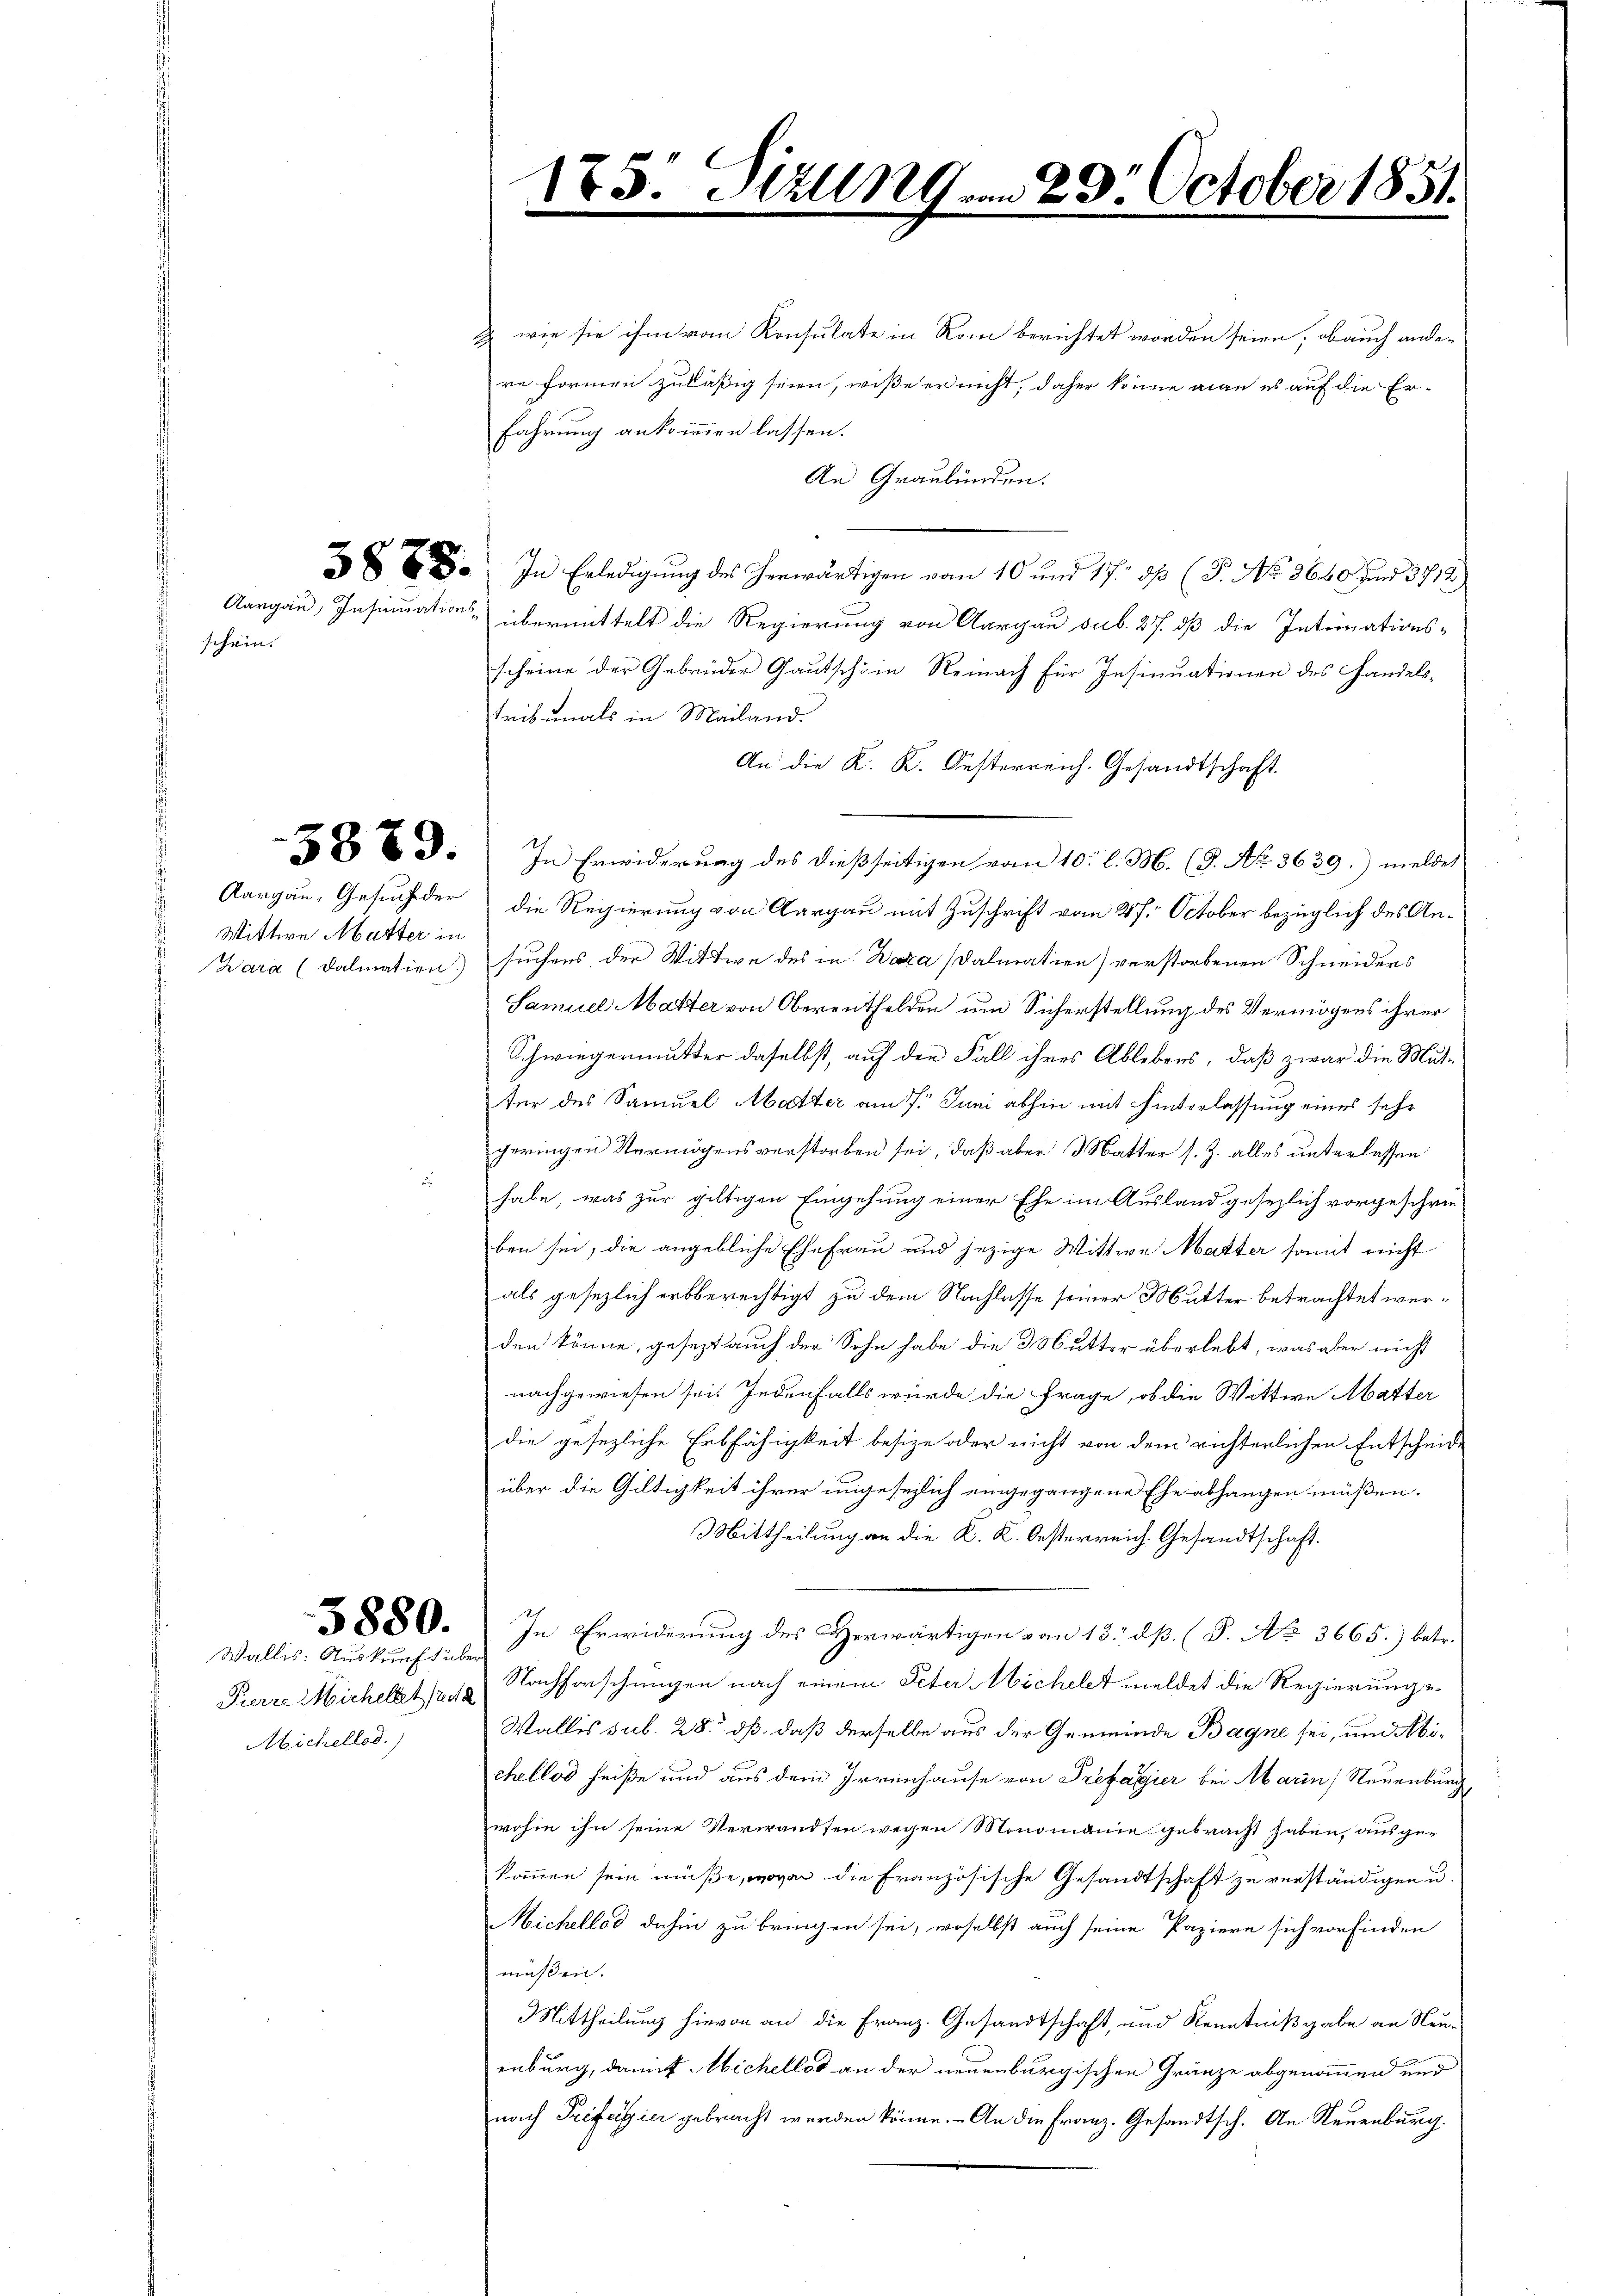
schein.

Wittwe Matter in

5880.

Wallis: Auskunft über
Michellod.)

& wie sie ihm vom Konsulate in Rom berichtet worden seien, ob auch ander
re Formen zuläßig seien, wiße er nicht, daher könne man es auf die Er-
fahrung ankommen lassen.
An Graubünden.
a. In Erledigung des herwärtigen vom 10 und 17. dß (P. No 3640 und 3712
Aargau, Insinuations übermittelt die Regierung von Aargau sub. 27. dß die Intimations-
scheine der Gebrüder Gautschi in Reinach für Insinuationen des Handelstribunals in Mailand.
An die K. K. Oesterreich. Gesandtschaft.
 x 3. In Erwiderung des dießseitigen vom 10. l. M. (§. No. 3639.) melde,
Aargau, Gesuch der die Regierung von Aargau mit Zuschrift vom 27. October bezüglich des An¬
Wara (Dalmation suchens der Wittwe des in Bara Dalmation) verstorbenen Schneiders
Samuel Matter von Oberenthelden um Sicherstellung des Vermögens ihrer
Schwiegermutter daselbst, auf den Fall ihres Ablebens, daß zwar die Mut-
ter des Samuel Mutter am 7. Juni abhin mit Hinterlassung eines sehr
geringen Vermögens verstorben sei, daß aber Mutter s. Z. alles unterlassen
habe, was zur giltigen Eingehung einer Ehe im Ausland gesezlich vorgeschrieben sei, die angebliche Ehefrau und jezige Wittwe Matter somit nicht
als gesezlich erbberechtigt zu dem Nachlasse seiner Mutter betrachtet werden könne, gesezt auch der Sohn habe die Mutter überlebt, was aber nicht
nachgewiesen sei. Jedenfalls würde die Frage, ob die Wittwe Matter
die gesezliche Erbfähigkeit besize oder nicht von dem richterlichen Entscheide
über die Gültigkeit ihrer ungesezlich eingegangene Ehe abhangen müßen.
Mittheilung an die K. K. Oesterreich. Gesandtschaft.
In Erwiderung des Herwärtigen von 13. dß. (S. No. 3665.) betr.
Pierre Michellet 12 Nachforschungen nach einem Peter Michelet meldet die Regierungs¬
Wallis sub. 28. dß, daß derselbe aus der Gemeinde Bagne sei, und Abichellod heiße und aus dem Irrenhause von Prefagier bei Marin, Neuenburg
wohin ihn seine Verwandten wegen Monomanie gebracht haben, ausge-
kommen sein müße, wovon die Französische Gesandtschaft zu verständigen u.
Michellod dahin zu bringen sei, woselbst auch seine Papiere sich vorfinden
müßen.
Mittheilung hievon an die Franz. Gesandtschaft, und Kenntnißgabe an Neuenburg, damit Wichellod an der neuenburgischen Gränze abgenommen und
nach Professier gebracht werden könne. - An die Franz. Gesandtsch. An Neuenburg.

1

Sitzung am 23. October 1851.